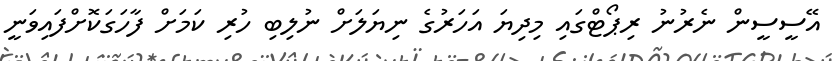
އޭސީސީން ނެރުނު ރިޕޯޓްގައި މިދިޔަ އަހަރުގެ ނިޔަލަށް ނުލިބި ހުރި ކަމަށް ފާހަގަކޮށްފައިވަނީ